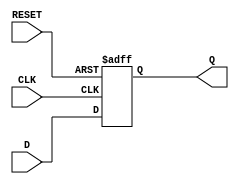
module d_flip_flop (
    input wire D,
    input wire CLK,
    input wire RESET,
    output reg Q
);

always @(posedge CLK or posedge RESET) begin
    if (RESET) begin
        Q <= 1'b0; // asynchronously reset to predefined state
    end else begin
        Q <= D; // store input data on rising edge of clock
    end
end

endmodule